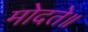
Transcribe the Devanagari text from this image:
मोदते॥